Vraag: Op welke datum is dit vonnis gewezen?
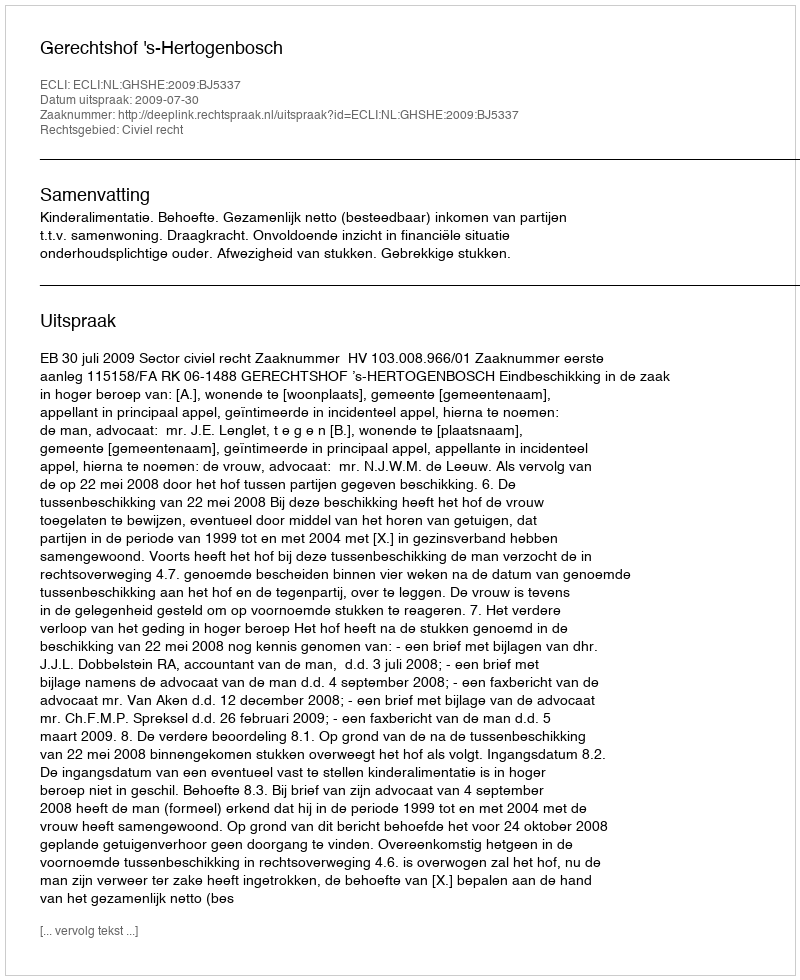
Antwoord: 2009-07-30